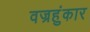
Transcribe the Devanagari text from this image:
वज्रहुंकार